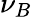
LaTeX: \nu_{B}